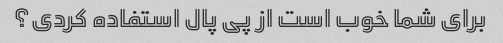
برای شما خوب است از پی پال استفاده کردی؟